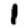
Digit: 1